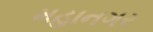
મહાનગર